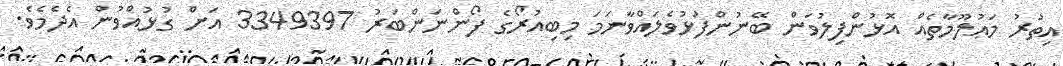
އިތުރު މަޢުލޫމާތެއް އޮޅުންފިލުވަން ބޭނުންފުޅުވެލައްވާނަމަ މިބިއުރޯގެ ފޯންނަންބަރު 3349397 އަށް ގުޅުއްވުން އެދެމެވެ.